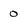
Character: 0